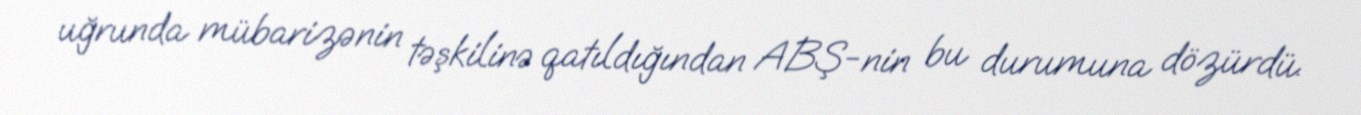
uğrunda mübarizənin təşkilinə qatıldığından ABŞ-nin bu durumuna dözürdü.